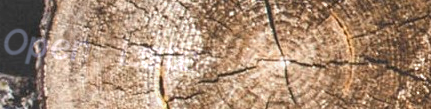
Open Late